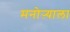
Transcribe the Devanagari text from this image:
मनोऱ्याला